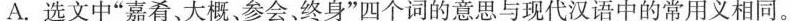
A.选文中”嘉肴、大概、参会、终身”四个词的意思与现代汉语中的常用义相同。